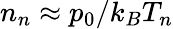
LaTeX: n_{n}\approx p_{0}/k_{B}T_{n}